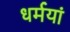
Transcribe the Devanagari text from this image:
धर्मयां